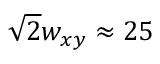
\sqrt { 2 } w _ { x y } \approx 2 5